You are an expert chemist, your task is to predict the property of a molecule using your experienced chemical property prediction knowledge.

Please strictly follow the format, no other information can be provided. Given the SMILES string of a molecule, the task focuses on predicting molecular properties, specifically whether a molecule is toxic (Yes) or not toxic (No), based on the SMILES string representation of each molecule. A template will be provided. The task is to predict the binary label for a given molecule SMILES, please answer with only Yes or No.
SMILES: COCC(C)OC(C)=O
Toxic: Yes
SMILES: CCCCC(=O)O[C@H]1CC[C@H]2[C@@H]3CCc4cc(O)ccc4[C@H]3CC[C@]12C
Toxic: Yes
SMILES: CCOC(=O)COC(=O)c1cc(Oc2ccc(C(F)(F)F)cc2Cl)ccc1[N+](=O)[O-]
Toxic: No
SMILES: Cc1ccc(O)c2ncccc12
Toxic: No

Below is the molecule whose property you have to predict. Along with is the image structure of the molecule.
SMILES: CCCCCCCCCCC(=O)O
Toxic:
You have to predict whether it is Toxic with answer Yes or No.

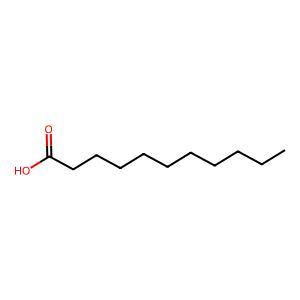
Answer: No